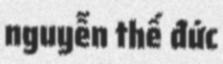
nguyễn thế đức